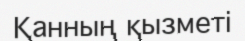
Қанның қызметі